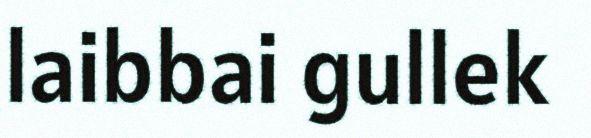
laibbai gullek